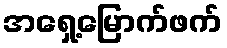
အရှေ့မြောက်ဖက်